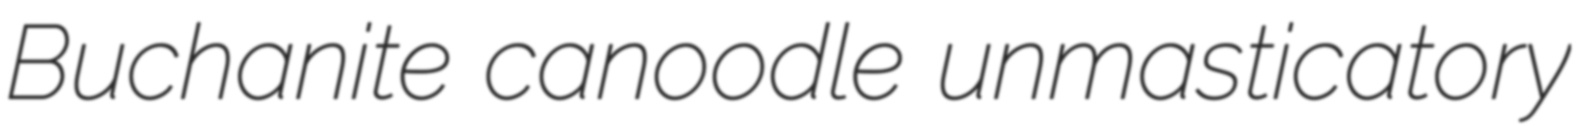
Buchanite canoodle unmasticatory